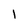
Character: I